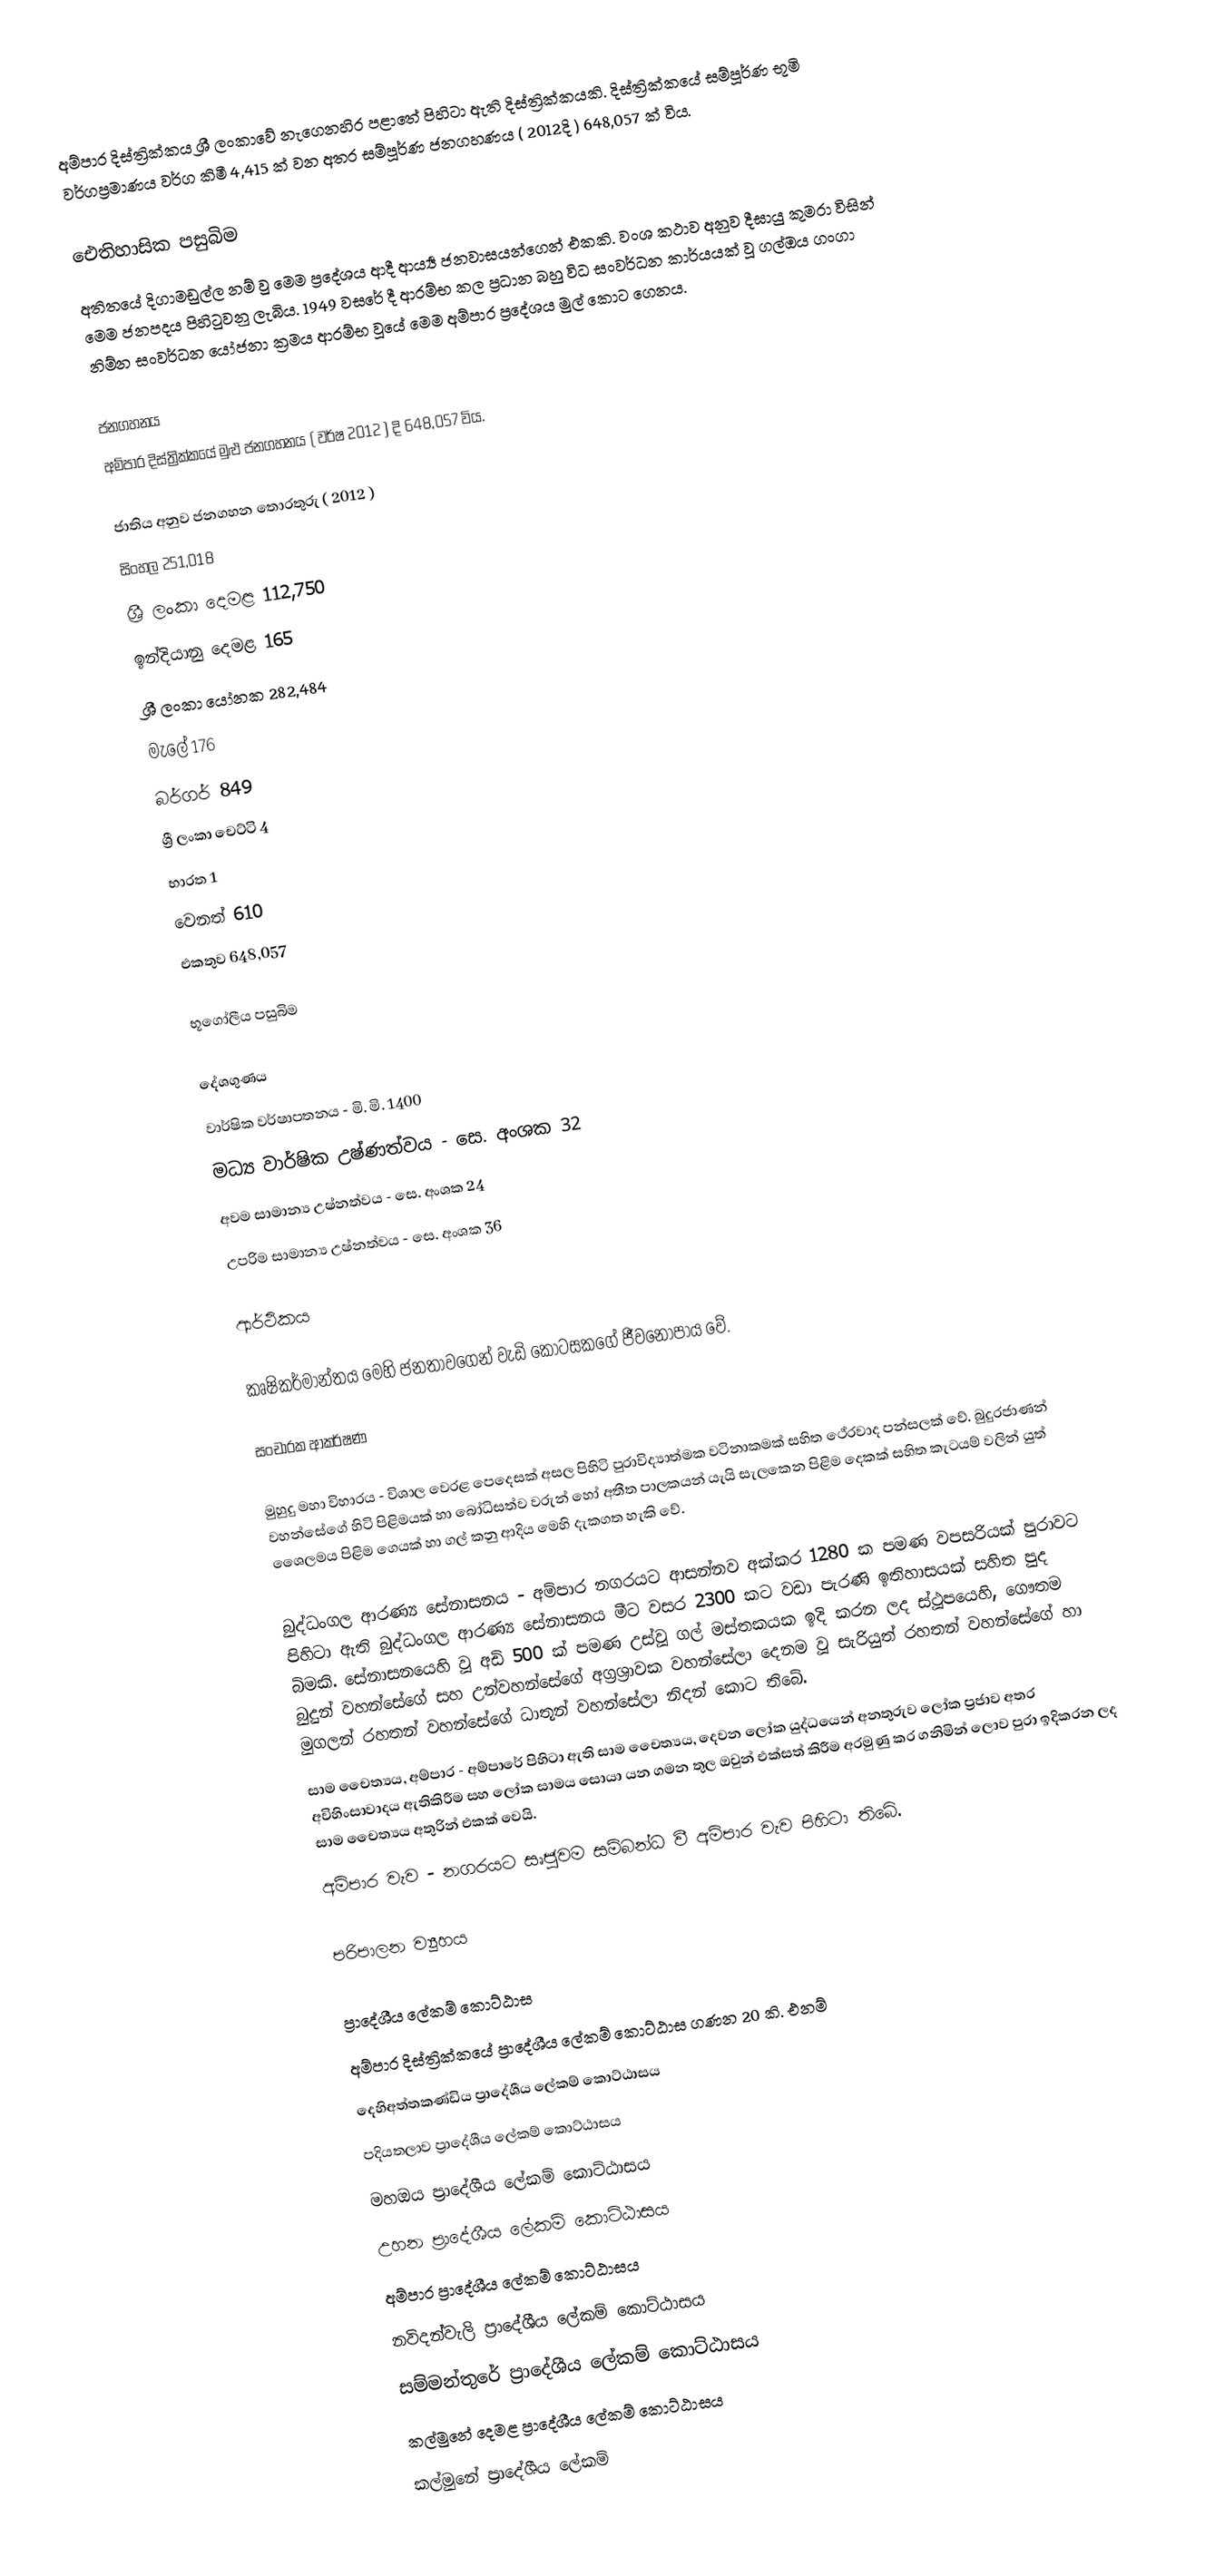
අම්පාර දිස්ත්‍රික්කය ශ්‍රී ලංකාවේ නැගෙනහිර පළාතේ පිහිටා ඇති දිස්ත්‍රික්කයකි. දිස්ත්‍රික්කයේ සම්පූර්ණ භූමි වර්ගප්‍රමාණය වර්ග කිමී 4,415 ක් වන අතර සම්පූර්ණ ජනගහණය ( 2012දි ) 648,057 ක් විය.

ඓතිහාසික පසුබිම
අතිතයේ දිගාමඩුල්ල නම් වු මෙම ප්‍රදේශය ආදී ආර්‍ය්‍ය ජනවාසයන්ගෙන් එකකි. වංශ කථාව අනුව දීඝායු කුමරා විසින් මෙම ජනපදය පිහිටුවනු ලැබිය. 1949 වසරේ දී ආරම්භ කල ප්‍රධාන බහු විධ සංවර්ධන කාර්යයක් වූ ගල්ඔය ගංගා  නිම්න සංවර්ධන යෝජනා ක්‍රමය ආරම්භ වූයේ මෙම අම්පාර ප්‍රදේශය මුල් කොට ගෙනය.

ජනගහනය
අම්පාර දිස්ත්‍රික්කයේ මුළු ජනගහනය ( වර්ෂ 2012 ) දි  648,057 විය.

ජාතිය අනුව ජනගහන තොරතුරු ( 2012 )
 සිංහල 251,018
ශ්‍රී ලංකා දෙමළ 112,750
ඉන්දියානු දෙමළ 165
ශ්‍රී ලංකා යෝනක 282,484
මැලේ 176
බර්ගර් 849
ශ්‍රී ලංකා චෙට්ටි 4
භාරත 1
වෙනත් 610
එකතුව 648,057

භූගෝලීය පසුබිම

දේශගුණය
   වාර්ෂික වර්ෂාපතනය       - මි. මි. 1400
   මධ්‍ය වාර්ෂික උෂ්ණත්වය   - සෙ. අංශක 32
   අවම සාමාන්‍ය උෂ්නත්වය   - සෙ. අංශක 24
   උපරිම සාමාන්‍ය උෂ්නත්වය  - සෙ. අංශක 36

ආර්ථිකය

කෘෂිකර්මාන්තය මෙහි ජනතාවගෙන් වැඩි කොටසකගේ ජීවනෝපාය වේ.

සංචාරක ආකර්ෂණ

මුහුදු මහා විහාරය - විශාල වෙරළ පෙදෙසක් අසල පිහිටි පුරාවිද්‍යාත්මක වටිනාකමක් සහිත ථේරවාද පන්සලක් වේ. බුදුරජාණන් වහන්සේගේ හිටි පිළිමයක් හා බෝධිසත්ව වරුන් හෝ අතීත පාලකයන් යැයි සැලකෙන පිළිම දෙකක් සහිත කැටයම් වලින් යුත් ශෛලමය පිළිම ගෙයක් හා ගල් කනු ආදිය මෙහි දැකගත හැකි වේ.

බුද්ධංගල ආරණ්‍ය සේනාසනය - අම්පාර නගරයට ආසන්නව අක්කර 1280 ක පමණ වපසරියක් පුරාවට පිහිටා ඇති බුද්ධංගල ආරණ්‍ය සේනාසනය මීට වසර 2300 කට වඩා පැරණි ඉතිහාසයක් සහිත පුද බිමකි. සේනාසනයෙහි වූ අඩි 500 ක් පමණ උස්වූ ගල් මස්තකයක ඉදි කරන ලද ස්ථූපයෙහි, ගෞතම බුදුන් වහන්සේගේ සහ උන්වහන්සේගේ අග්‍රශ්‍රාවක වහන්සේලා දෙනම වූ සැරියුත් රහතන් වහන්සේගේ හා මුගලන් රහතන් වහන්සේගේ ධාතූන් වහන්සේලා නිදන් කොට තිබේ.
සාම චෙෙත්‍යය, අම්පාර - අම්පාරේ පිහිටා ඇති  සාම චෙෙත්‍යය, දෙවන ලෝක යුද්ධයෙන් අනතුරුව ලෝක ප්‍රජාව අතර අවිහිංසාවාදය ඇතිකිරීම සහ ලෝක සාමය සොයා යන ගමන තුල ඔවුන් එක්සත් කිරීම අරමුණු කර ගනිමින් ලොව පුරා ඉදිකරන ලද සාම චෙෙත්‍යය අතුරින් එකක් වෙයි.
අම්පාර වැව - නගරයට සෘජුවම සම්බන්ධ වී අම්පාර වැව පිහිටා තිබේ.

පරිපාලන ව්‍යුහය

ප්‍රාදේශීය ලේකම් කොට්ඨාස
අම්පාර දිස්ත්‍රික්කයේ ප්‍රාදේශීය ලේකම් කොට්ඨාස ගණන 20 කි. එනම්
 දෙහිඅත්තකණ්ඩිය ප්‍රාදේශීය ලේකම් කොට්ඨාසය
 පදියතලාව ප්‍රාදේශීය ලේකම් කොට්ඨාසය
 මහඔය ප්‍රාදේශීය ලේකම් කොට්ඨාසය
 උහන ප්‍රාදේශීය ලේකම් කොට්ඨාසය
 අම්පාර ප්‍රාදේශීය ලේකම් කොට්ඨාසය
 නවිදන්වැලි ප්‍රාදේශීය ලේකම් කොට්ඨාසය
 සම්මන්තුරේ ප්‍රාදේශීය ලේකම් කොට්ඨාසය
 කල්මුනේ දෙමළ ප්‍රාදේශීය ලේකම් කොට්ඨාසය
 කල්මුනේ ප්‍රාදේශීය ලේකම්